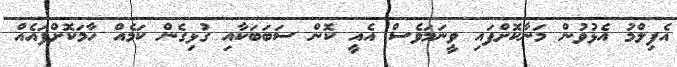
އެފިލްމު އެޅުވުން މަނާކޮށްފައި ވީނަމަވެސް އެއީ ކޮން ސަބަބަކާއި ގުޅިގެން ކަމެއް ހާމަކޮށްފައެއް